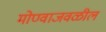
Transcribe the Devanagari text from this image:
मोण्वाजवळील